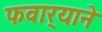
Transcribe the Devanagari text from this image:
फवार्‍याने